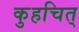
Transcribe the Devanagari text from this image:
कुहचित्